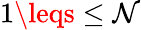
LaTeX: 1\leqs\leq\mathcal{N}